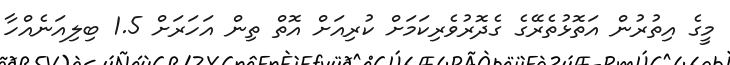
މީގެ އިތުރުން އަތޮޅުތެރޭގެ ގެދޮރުވެރިކަމަށް ކުރިއަށް އޮތް ތިން އަހަރަށް 1.5 ބިލިއަނެއްހާ